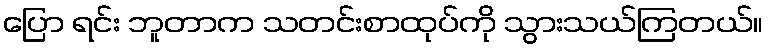
ပြော ရင်း ဘူတာက သတင်းစာထုပ်ကို သွားသယ်ကြတယ်။